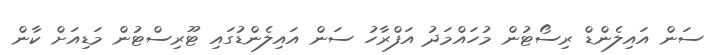
ސަން އައިލެންޑް ރިސޯޓުން މުހައްމަދު އަފްރާހު ސަން އައިލެންޑުގައި ޓޫރިސްޓުން މަޑިއަށް ކާން